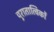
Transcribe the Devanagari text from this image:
पुरातात्विकों